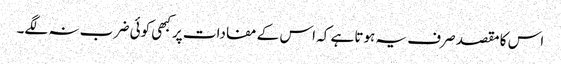
اس کا مقصد صرف یہ ہوتا ہے کہ اس کے مفادات پر کبھی کوئی ضر ب نہ لگے۔